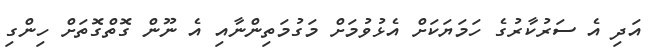
އަދި އެ ސަރުކާރުގެ ހަމަޔަކަށް އެޅުވުމަށް މަގުމަތިންނާއި އެ ނޫން ގޮތްގޮތަށް ހިންގި